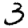
Digit: 3